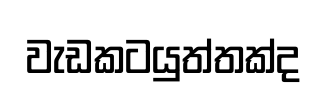
වැඩකටයුත්තක්ද